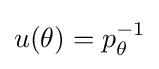
{\textstyle u(\theta )=p_{\theta }^{-1}}